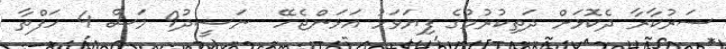
ސަރުކާރާ ދެކޮޅަށް ދަތިކުރުމުގެ ފިޔަވަޅު އަޅަންޖެހޭ  ނަޝީދު9 މަސް 4 ހަފްތާ